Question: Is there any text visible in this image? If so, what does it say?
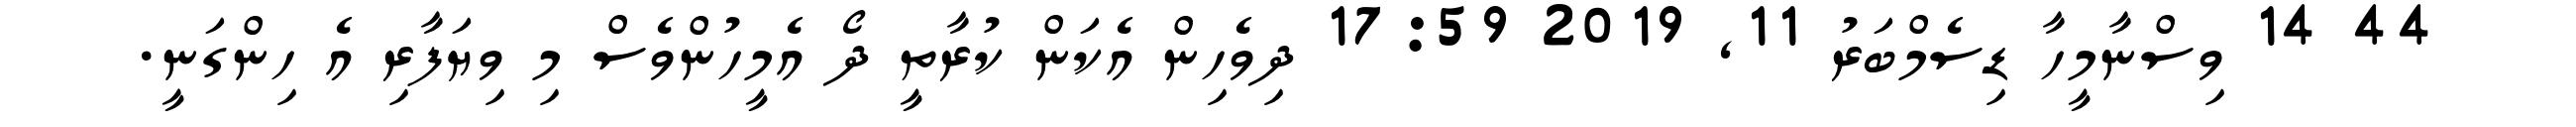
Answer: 44 14 ވިސްނާމީހާ ޑިސެމްބަރު 11, 2019 17:59 ދިވެހިން އެކަން ކުރާތީ ދޯ އެމީހުންވެސް މި ވިޔަފާރި އެ ހިންގަނީ.